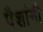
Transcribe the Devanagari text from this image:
पैशांनी